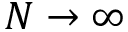
N \rightarrow \infty